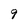
Character: 9